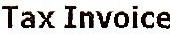
TAX INVOICE